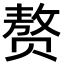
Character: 赘